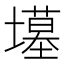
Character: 𫮲